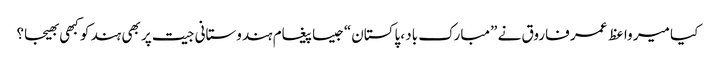
کیا میر واعظ عمر فاروق نے ”مبارک باد ،پاکستان“جیسا پیغام ہندوستانی جیت پر بھی ہند کو کبھی بھیجا؟